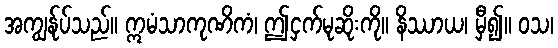
အကျွန်ုပ်သည်။ ဣမံသာကုဏိကံ၊ ဤငှက်မုဆိုးကို။ နိဿာယ၊ မှီ၍။ ဝသ၊